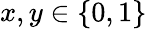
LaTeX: x,y\in\{ 0,1\}